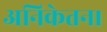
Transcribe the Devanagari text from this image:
अनिकेतन।